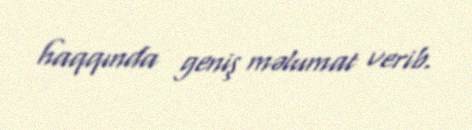
haqqında geniş məlumat verib.